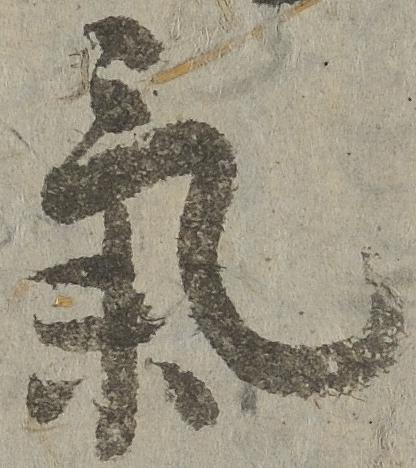
気